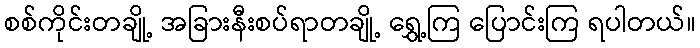
စစ်ကိုင်းတချို့ အခြားနီးစပ်ရာတချို့ ရွှေ့ကြ ပြောင်းကြ ရပါတယ်။